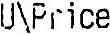
U\PRICE